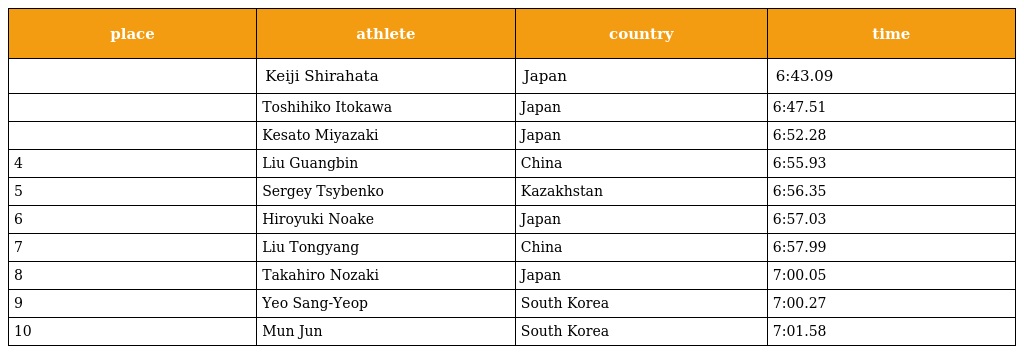
| place | athlete | country | time |
 | --- | --- | --- | --- |
 |  | Keiji Shirahata | Japan | 6:43.09 |
 |  | Toshihiko Itokawa | Japan | 6:47.51 |
 |  | Kesato Miyazaki | Japan | 6:52.28 |
 | 4 | Liu Guangbin | China | 6:55.93 |
 | 5 | Sergey Tsybenko | Kazakhstan | 6:56.35 |
 | 6 | Hiroyuki Noake | Japan | 6:57.03 |
 | 7 | Liu Tongyang | China | 6:57.99 |
 | 8 | Takahiro Nozaki | Japan | 7:00.05 |
 | 9 | Yeo Sang-Yeop | South Korea | 7:00.27 |
 | 10 | Mun Jun | South Korea | 7:01.58 |